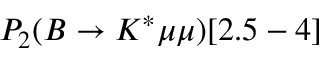
P _ { 2 } ( B \to K ^ { * } \mu \mu ) [ 2 . 5 - 4 ]